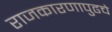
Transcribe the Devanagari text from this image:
राजकारणापुढचे